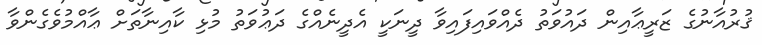
ޤުރުއާނުގެ ޒަރީޢާއިން ދައުވަތު ދެއްވައިފައިވާ ދީނަކީ އެދީނެއްގެ ދަޢުވަތު މުޅި ކާއިނާތަށް ޢާއްމުވެގެންވާ